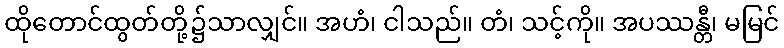
ထိုတောင်ထွတ်တို့၌သာလျှင်။ အဟံ၊ ငါသည်။ တံ၊ သင့်ကို။ အပဿန္တီ၊ မမြင်